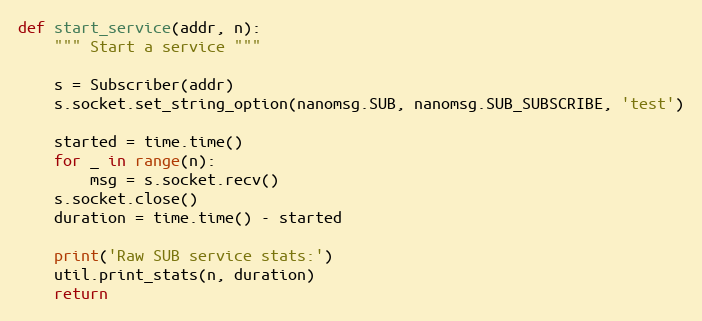
Language: Python
def start_service(addr, n):
    """ Start a service """

    s = Subscriber(addr)
    s.socket.set_string_option(nanomsg.SUB, nanomsg.SUB_SUBSCRIBE, 'test')

    started = time.time()
    for _ in range(n):
        msg = s.socket.recv()
    s.socket.close()
    duration = time.time() - started

    print('Raw SUB service stats:')
    util.print_stats(n, duration)
    return